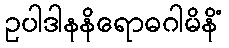
ဥပါဒါနနိရောဓဂါမိနိံ